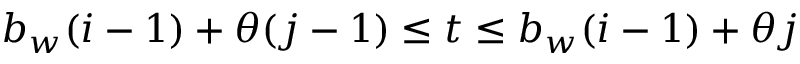
b _ { w } ( i - 1 ) + \theta ( j - 1 ) \leq t \leq b _ { w } ( i - 1 ) + \theta j